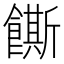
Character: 𬲛